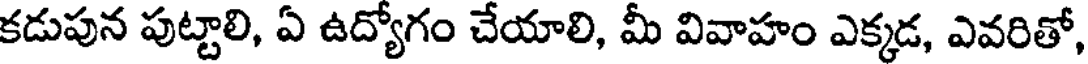
కడుపున పుట్టాలి, ఏ ఉద్యోగం చేయాలి, మీ వివాహం ఎక్కడ, ఎవరితో,